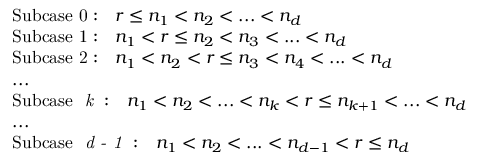
\begin{array} { r l } & { \mathrm { S u b c a s e ~ 0 : } \quad r \leq n _ { 1 } < n _ { 2 } < . . . < n _ { d } } \\ & { \mathrm { S u b c a s e ~ 1 : } \quad n _ { 1 } < r \leq n _ { 2 } < n _ { 3 } < . . . < n _ { d } } \\ & { \mathrm { S u b c a s e ~ 2 : } \quad n _ { 1 } < n _ { 2 } < r \leq n _ { 3 } < n _ { 4 } < . . . < n _ { d } } \\ & { . . . } \\ & { \mathrm { S u b c a s e ~ \textit { k } : } \quad n _ { 1 } < n _ { 2 } < . . . < n _ { k } < r \leq n _ { k + 1 } < . . . < n _ { d } } \\ & { . . . } \\ & { \mathrm { S u b c a s e ~ \textit { d - 1 } : } \quad n _ { 1 } < n _ { 2 } < . . . < n _ { d - 1 } < r \leq n _ { d } } \end{array}